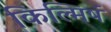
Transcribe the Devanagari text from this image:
किल्मिषं